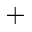
^ +